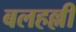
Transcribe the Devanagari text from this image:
बलहल्ली